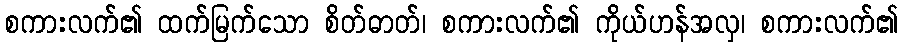
စကားလက်၏ ထက်မြက်သော စိတ်ဓာတ်၊ စကားလက်၏ ကိုယ်ဟန်အလှ၊ စကားလက်၏